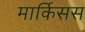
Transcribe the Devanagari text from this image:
मार्किसस